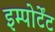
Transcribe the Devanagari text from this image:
इम्पोर्टेंट